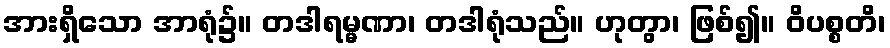
အားရှိသော အာရုံ၌။ တဒါရမ္မဏာ၊ တဒါရုံသည်။ ဟုတွာ၊ ဖြစ်၍။ ဝိပစ္စတိ၊